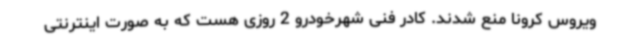
ویروس کرونا منع شدند. کادر فنی شهرخودرو 2 روزی هست که به صورت اینترنتی